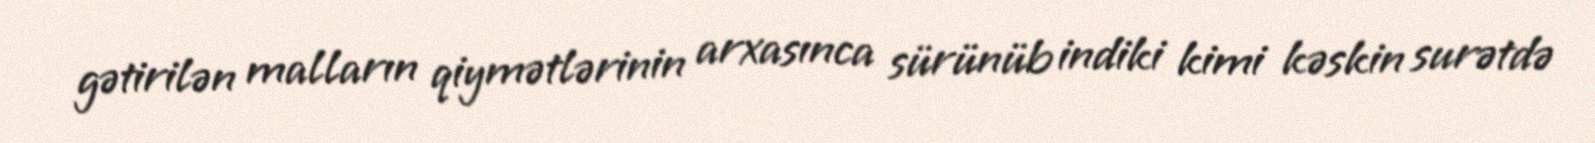
gətirilən malların qiymətlərinin arxasınca sürünüb indiki kimi kəskin surətdə